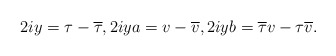
\begin{align*}2iy = \tau -\overline{\tau}, 2iy a = v - \overline{v}, 2iy b = \overline{\tau} v - \tau \overline{v}.\end{align*}